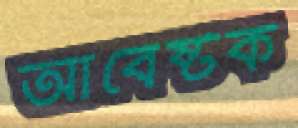
আবেষ্টক